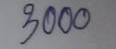
3000